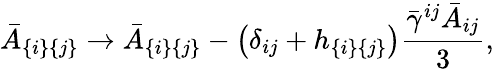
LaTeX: \bar{A}_{\{ i\} \{ j\} }\to\bar{A}_{\{ i\} \{ j\} }-\left(\delta_{ij}+h_{\{ i\} \{ j\} }\right)\frac{\bar{\gamma}^{ij}\bar{A}_{ij}}{3},